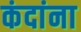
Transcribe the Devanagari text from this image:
कंदांना